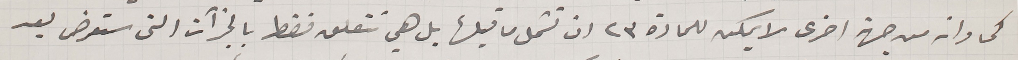
كما وانه من جهة اخرى لا يمكن للمادة ٢٣ ان تشمل ما قبلها بل هي تتعلق فقط بالجزآت التى ستعرض بعد